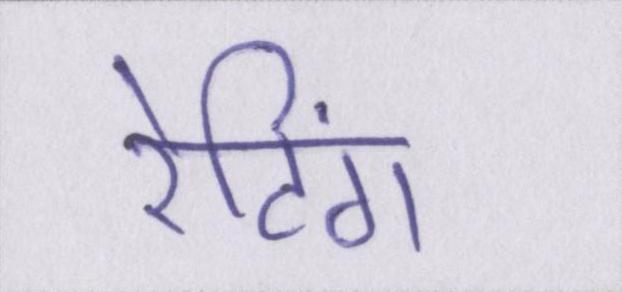
रेटिंग